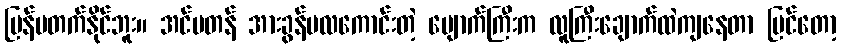
ပြန်မတက်နိုင်ဘူး။ အင်မတန် အားခွန်ဗလကောင်းတဲ့ မျောက်ကြီးက လူကြီးချောက်ထဲကျနေတာ မြင်တော့